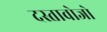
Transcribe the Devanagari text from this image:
दस्तावोजो